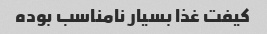
کیفت غذا بسیار نامناسب بوده